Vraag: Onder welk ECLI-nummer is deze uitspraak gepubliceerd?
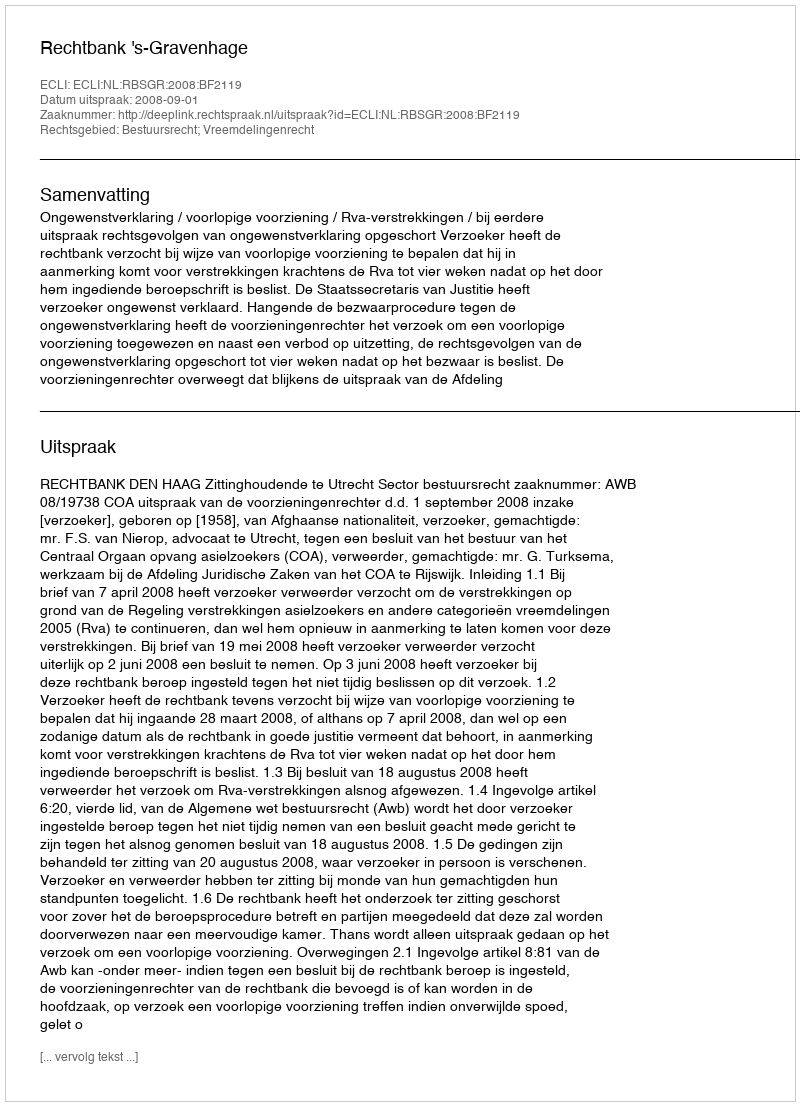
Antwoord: ECLI:NL:RBSGR:2008:BF2119